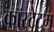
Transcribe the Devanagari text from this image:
कॉस्टेटम